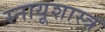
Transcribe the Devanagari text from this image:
स्नायूशास्त्र